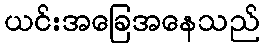
ယင်းအခြေအနေသည်